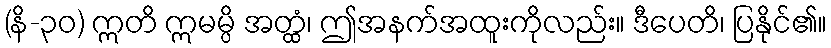
(နိ-၃၀) ဣတိ ဣမမ္ပိ အတ္ထံ၊ ဤအနက်အထူးကိုလည်း။ ဒီပေတိ၊ ပြနိုင်၏။